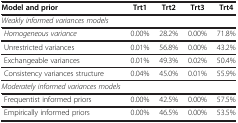
<table><thead><tr><td><b>Model and prior</b></td><td><b>Trt1</b></td><td><b>Trt2</b></td><td><b>Trt3</b></td><td><b>Trt4</b></td></tr></thead><tbody><tr><td><i>Weakly informed variances models</i></td><td> </td><td> </td><td> </td><td> </td></tr><tr><td><i>Homogeneous variance</i></td><td>0.00%</td><td>28.2%</td><td>0.00%</td><td>71.8%</td></tr><tr><td> Unrestricted variances</td><td>0.01%</td><td>56.8%</td><td>0.00%</td><td>43.2%</td></tr><tr><td> Exchangeable variances</td><td>0.01%</td><td>49.3%</td><td>0.02%</td><td>50.4%</td></tr><tr><td> Consistency variances structure</td><td>0.04%</td><td>45.0%</td><td>0.01%</td><td>55.9%</td></tr><tr><td><i>Moderately informed variances models</i></td><td> </td><td> </td><td> </td><td> </td></tr><tr><td> Frequentist informed priors</td><td>0.00%</td><td>42.5%</td><td>0.00%</td><td>57.5%</td></tr><tr><td> Empirically informed priors</td><td>0.00%</td><td>46.5%</td><td>0.00%</td><td>53.5%</td></tr></tbody></table>